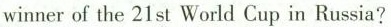
winner of the 21st World Cup in Russia?